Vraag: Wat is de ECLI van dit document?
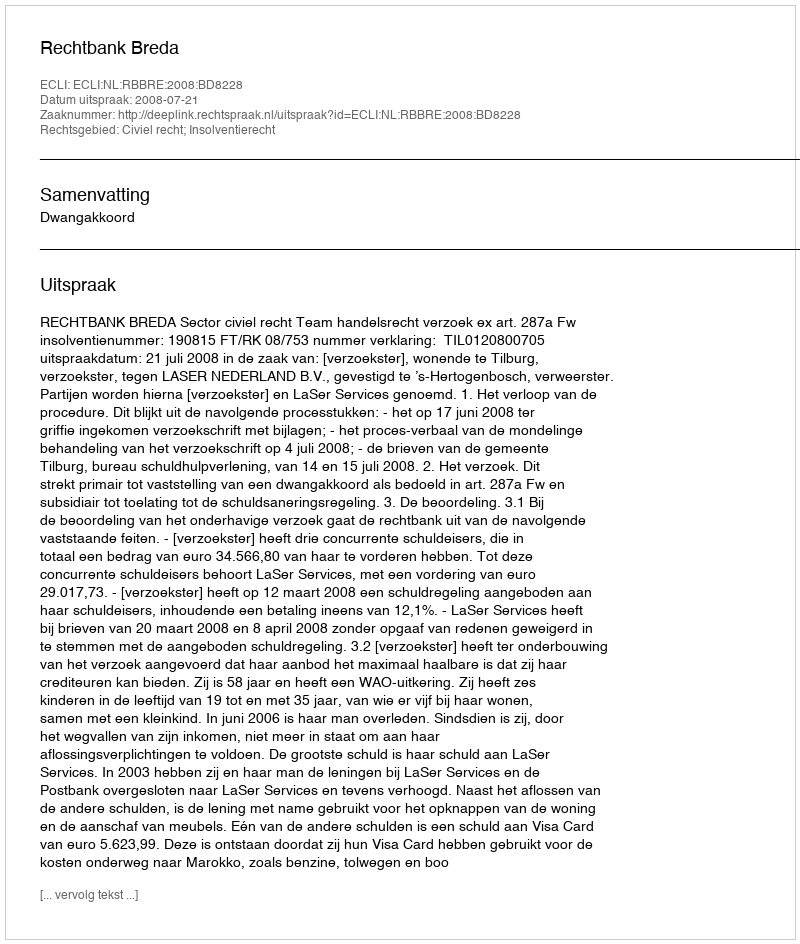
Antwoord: ECLI:NL:RBBRE:2008:BD8228